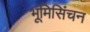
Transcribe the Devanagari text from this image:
भूमिसिंचन